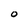
Character: 0